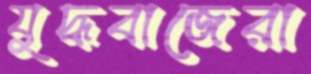
যুদ্ধবাজেরা